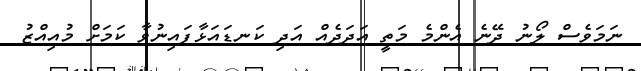
ނަމަވެސް ލޯނު ދޭނެ އެންމެ މަތީ އަދަދެއް އަދި ކަނޑައަޅާފައިނުވާ ކަމަށް މުއިއްޒު